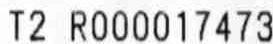
T2 R000017473